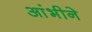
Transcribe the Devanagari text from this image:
आंभीने